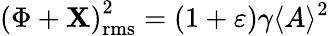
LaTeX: {(\Phi+\mathbf{X})}_{\mathrm{{rms}}}^{2}=(1+\varepsilon)\gamma\langle{A}\rangle^{2}